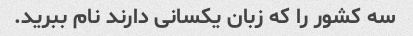
سه کشور را که زبان یکسانی دارند نام ببرید.